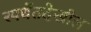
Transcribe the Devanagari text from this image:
स्पर्धेतदेखील